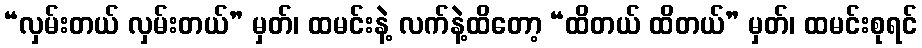
“လှမ်းတယ် လှမ်းတယ်” မှတ်၊ ထမင်းနဲ့ လက်နဲ့ထိတော့ “ထိတယ် ထိတယ်” မှတ်၊ ထမင်းစုရင်